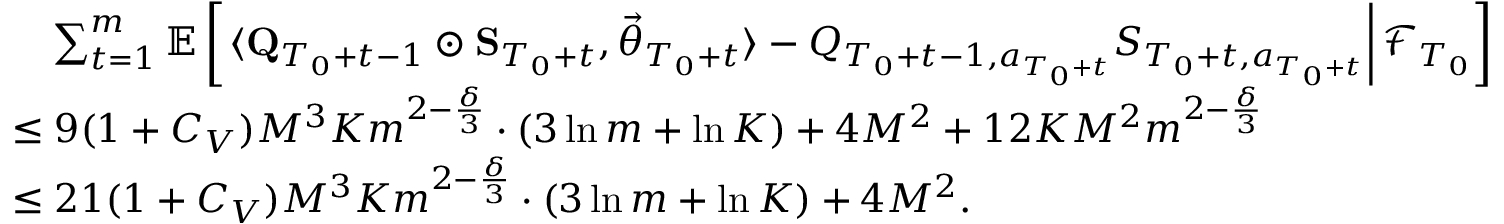
\begin{array} { r l } & { \quad \sum _ { t = 1 } ^ { m } \mathbb E \left[ \left. \langle \mathbf Q _ { T _ { 0 } + t - 1 } \odot \mathbf S _ { T _ { 0 } + t } , \vec { \theta } _ { T _ { 0 } + t } \rangle - Q _ { T _ { 0 } + t - 1 , a _ { T _ { 0 } + t } } S _ { T _ { 0 } + t , a _ { T _ { 0 } + t } } \right\vert \mathcal F _ { T _ { 0 } } \right] } \\ & { \le 9 ( 1 + C _ { V } ) M ^ { 3 } K m ^ { 2 - \frac \delta 3 } \cdot \left( 3 \ln m + \ln K \right) + 4 M ^ { 2 } + 1 2 K M ^ { 2 } m ^ { 2 - \frac \delta 3 } } \\ & { \le 2 1 ( 1 + C _ { V } ) M ^ { 3 } K m ^ { 2 - \frac \delta 3 } \cdot \left( 3 \ln m + \ln K \right) + 4 M ^ { 2 } . } \end{array}